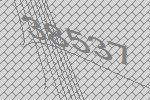
38537